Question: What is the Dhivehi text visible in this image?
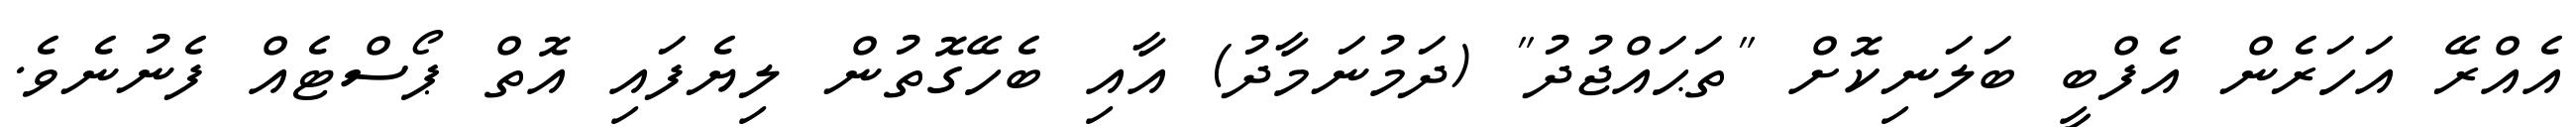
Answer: އެއްރޭ އަހަރެން އެފްބީ ބަލަނިކޮށް "ތަޙައްޖުދު" (ދަމުނަމާދު) އާއި ބެހޭގޮތުން ލިޔެފައި އޮތް ޕޯސްޓެއް ފެނުނެވެ.